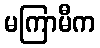
မကြာမီက